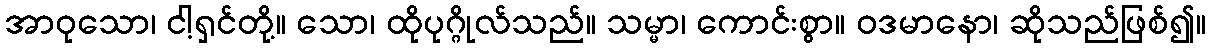
အာဝုသော၊ ငါ့ရှင်တို့။ သော၊ ထိုပုဂ္ဂိုလ်သည်။ သမ္မာ၊ ကောင်းစွာ။ ဝဒမာနော၊ ဆိုသည်ဖြစ်၍။